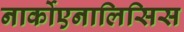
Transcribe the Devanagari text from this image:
नार्कोएनालिसिस